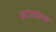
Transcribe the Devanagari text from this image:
स्टारडाल